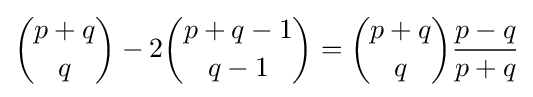
{\binom {p+q}{q}}-2{\binom {p+q-1}{q-1}}={\binom {p+q}{q}}{\frac {p-q}{p+q}}